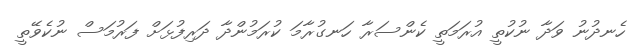
ހެނދުނު ވަދާ ނުކުތީ އުރަމަތީ ކެންސަރާ ހަނގުރާމަ ކުރަމުންދާ ދަރިފުޅަށް ފަރުމަސް ނުކެވޭތީ